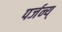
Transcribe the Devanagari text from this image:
पर्जन्य्